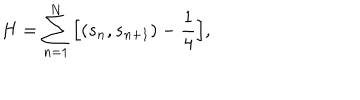
H = \sum _ { n = 1 } ^ { N } \Big [ ( s _ { n } , s _ { n + 1 } ) - \frac { 1 } { 4 } \Big ] ,